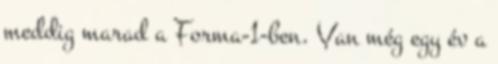
meddig marad a Forma-1-ben. Van még egy év a